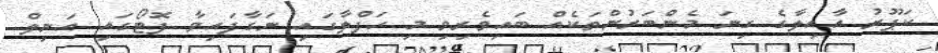
ކަޕޫރު އާއިލާގެ ގިނަ މެންބަރުންތަކެއް ބައިވެރިވި މި ހަފްލާގައި ނަގާފައިވާ ފޮޓޯގައި އަނިލް